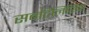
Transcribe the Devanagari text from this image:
सबटिलिसिन